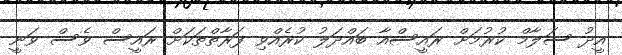
އީދު ސަލާމް ކުރުމަށް ރައީސްއާ ބައްދަލު ކުރެއްވި ފަރާތްތަކަށް ރައީސް ވެސް ވަނީ